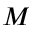
M